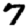
Digit: 7